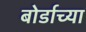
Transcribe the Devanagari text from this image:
बोर्डाच्‍या